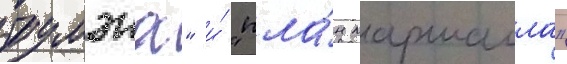
трумэна" и́ "пла́н маршалла"